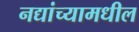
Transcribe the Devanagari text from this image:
नद्यांच्यामधील